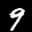
Label: 9